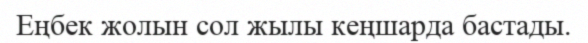
Еңбек жолын сол жылы кеңшарда бастады.